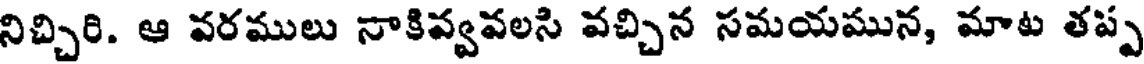
నిచ్చిరి. ఆ వరములు నాకివ్వవలసి వచ్చిన సమయమున, మాట తప్ప